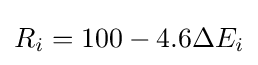
R_{i}=100-4.6\Delta E_{i}